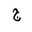
Letter: _gim